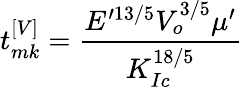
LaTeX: t_{mk}^{\left[V\right]}=\frac{E^{\prime 13/5}V_{o}^{3/5}\mu^{\prime}}{K_{Ic}^{18/5}}